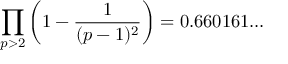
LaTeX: \prod _ { p > 2 } \left( 1 - { \frac { 1 } { ( p - 1 ) ^ { 2 } } } \right) = 0 . 6 6 0 1 6 1 . . .